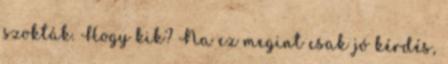
szokták. Hogy kik? Na ez megint csak jó kérdés,